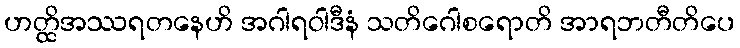
ဟတ္ထိအဿရတနေဟိ အဂါရဝါဒီနံ သတိဂေါစရောတိ အာရဘတီတိပေ